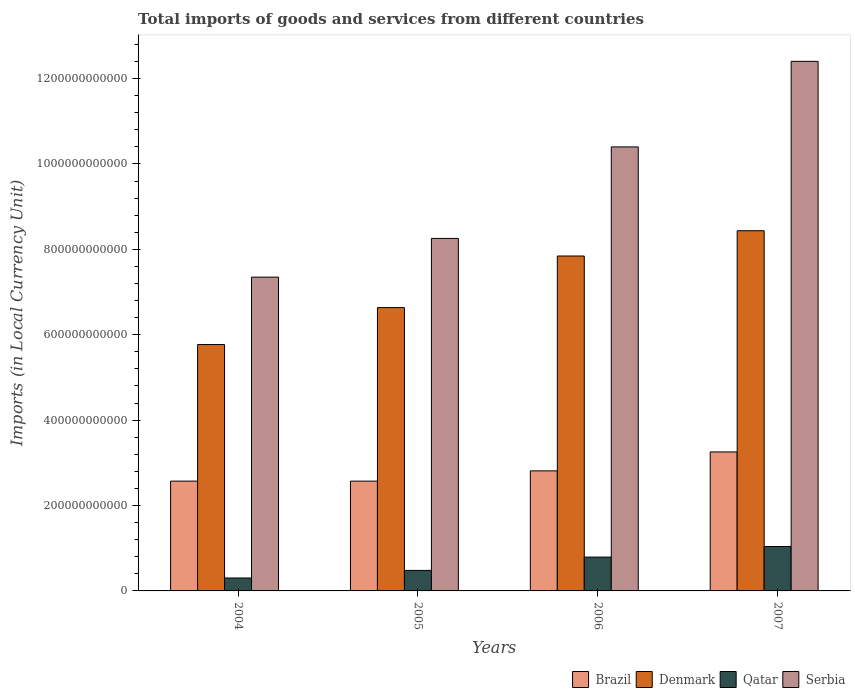
| Years | Brazil | Denmark | Qatar | Serbia |
 | --- | --- | --- | --- | --- |
 | 2004 | 2.57e+11 | 5.77e+11 | 3.03e+10 | 7.35e+11 |
 | 2005 | 2.57e+11 | 6.64e+11 | 4.81e+10 | 8.26e+11 |
 | 2006 | 2.81e+11 | 7.84e+11 | 7.92e+10 | 1.04e+12 |
 | 2007 | 3.26e+11 | 8.44e+11 | 1.04e+11 | 1.24e+12 |